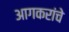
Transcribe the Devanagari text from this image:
आगकरांचे